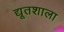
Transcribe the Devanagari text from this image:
द्यूतशाला